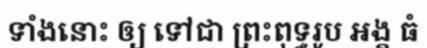
ទាំងនោះ ឲ្យ ទៅជា ព្រះពុទ្ធរូប អង្គ ធំ